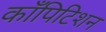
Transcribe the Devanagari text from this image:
काँपिटिशन